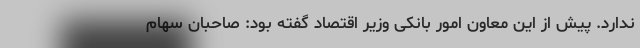
ندارد. پیش از این معاون امور بانکی وزیر اقتصاد گفته بود: صاحبان سهام